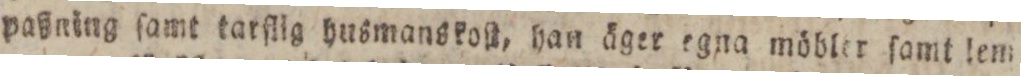
paßning ſamt tarſlig husmanskoll, han äger egna möbler ſamt lem